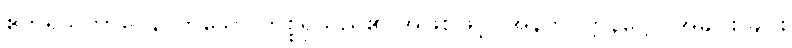
ဧကရသဘာဝေန၊ တူသော ကိစ္စရှိသည်၏ အဖြစ်ဖြင့်။ အနတိဝတ္တနဋ္ဌော၊ အချင်း ချင်း